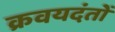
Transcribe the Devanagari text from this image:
क्रवयदंतों